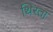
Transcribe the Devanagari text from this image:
थिरता